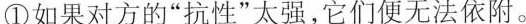
①如果对方的”抗性”太强，它们便无法依附。